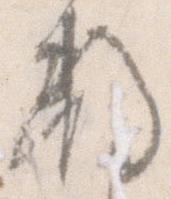
数